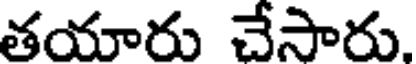
తయారు చేసారు.